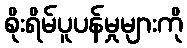
စိုးရိမ်ပူပန်မှုများကို